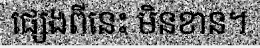
ផ្សេងពីនេះ មិនខាន។